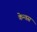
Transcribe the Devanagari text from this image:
केन्वस